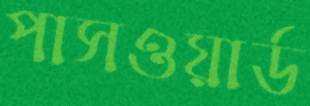
পাসওয়ার্ড